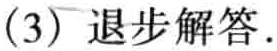
(3) 退步解答.